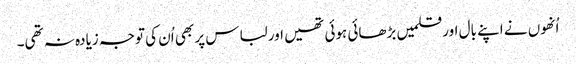
اُنھوں نے اپنے بال اورقلمیں بڑھائی ہوئی تھیں اور لباس پر بھی اُن کی توجہ زیادہ نہ تھی۔